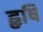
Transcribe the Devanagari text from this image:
हृषि